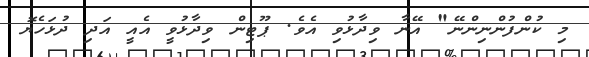
މި ކުންފުންނިންނޭ" އޭނާ ވިދާޅުވި އެވެ. ޕޫޓިން ވިދާޅުވީ އެއީ އަދި ދުޅަހެޔޮ